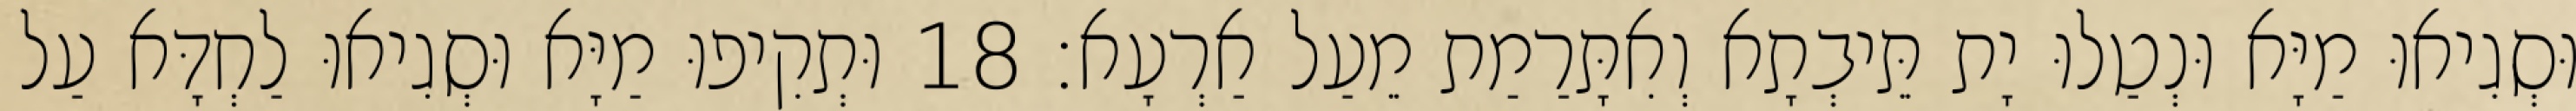
וּסְגִיאוּ מַיָּא וּנְטַלוּ יָת תֵּיבְתָא וְאִתָּרַמַת מֵעַל אַרְעָא׃ 18 וּתְקִיפוּ מַיָּא וּסְגִיאוּ לַחְדָּא עַל